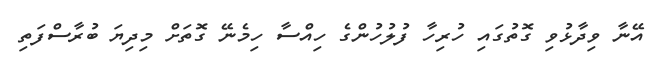
އޭނާ ވިދާޅުވި ގޮތުގައި ހުރިހާ ފުލުހުންގެ ހިއްސާ ހިމެނޭ ގޮތަށް މިދިޔަ ބުރާސްފަތި